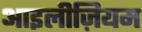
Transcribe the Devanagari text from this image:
आइलीज़ियम